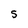
Character: 5